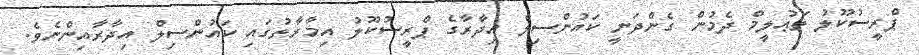
ޕްރީސުކޫލު ތަޢުލީމް ދެމުން ގެންދަނީ ކައުންސިލް އިދާރާގެ ޕްރީސުކޫލު އިމާރާތުގައި ކައުންސިލް އިދާރާއިންނެވެ.